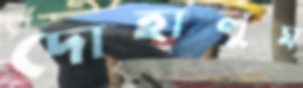
দোহালুম